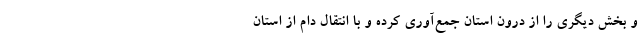
و بخش دیگری را از درون استان جمع‌آوری کرده و با انتقال دام از استان